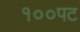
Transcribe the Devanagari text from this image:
१००पट